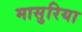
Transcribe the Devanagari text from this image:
मासुरिया